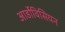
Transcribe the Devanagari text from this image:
आर्डोविसियन